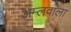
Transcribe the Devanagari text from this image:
अम्लवाला